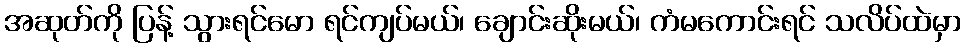
အဆုတ်ကို ပြန့် သွားရင်မော ရင်ကျပ်မယ်၊ ချောင်းဆိုးမယ်၊ ကံမကောင်းရင် သလိပ်ထဲမှာ